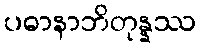
ပဓာနာဘိတုန္နဿ